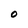
Character: O